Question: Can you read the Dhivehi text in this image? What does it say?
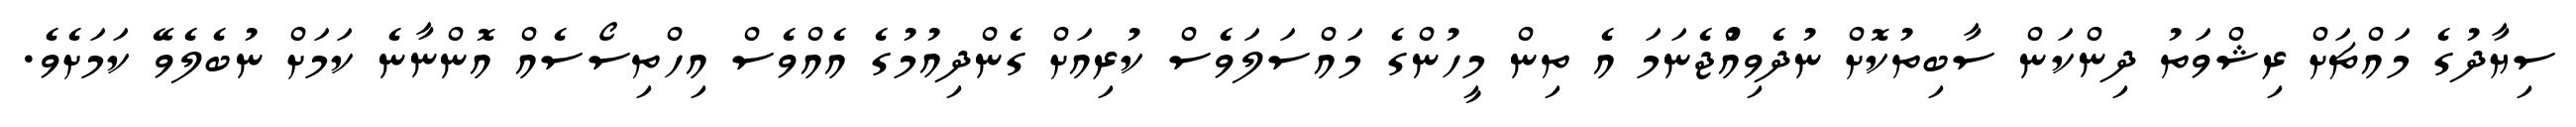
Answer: ސިޔާދުގެ މައްޗަށް ރިޝްވަތު ދިންކަން ސާބިތުކޮށް ނުދެވިއްުޖެނަމަ އެ ތިން މީހުންގެ މައްސަލަވެސް ކުރިއަށް ގެންދިއުމުގެ އެއްވެސް އިހްތިސޯސެއް އޮންނާނެ ކަމަށް ނުބެލެވޭ ކަމަށެވެ.